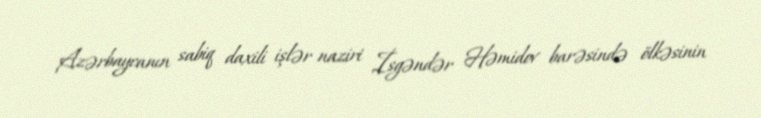
Azərbaycanın sabiq daxili işlər naziri İsgəndər Həmidov barəsində ölkəsinin